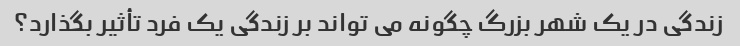
زندگی در یک شهر بزرگ چگونه می تواند بر زندگی یک فرد تأثیر بگذارد؟